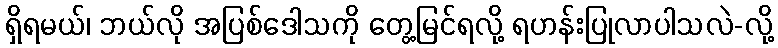
ရှိရမယ်၊ ဘယ်လို အပြစ်ဒေါသကို တွေ့မြင်ရလို့ ရဟန်းပြုလာပါသလဲ-လို့